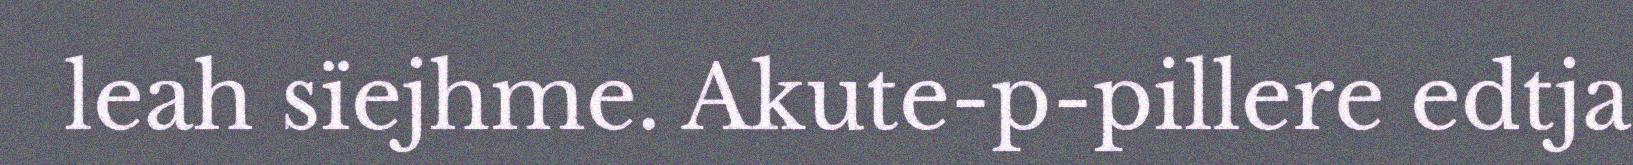
leah sïejhme. Akute-p-pillere edtja